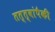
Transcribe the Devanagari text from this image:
तत्त्वांपैकी